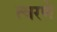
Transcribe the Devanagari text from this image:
त्वरणे